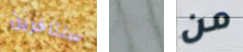
ستتأخرين تم من